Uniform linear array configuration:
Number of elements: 12
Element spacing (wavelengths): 0.25
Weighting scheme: blackman
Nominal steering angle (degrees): -45
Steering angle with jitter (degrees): -46.906
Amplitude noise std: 0.05
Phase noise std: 0.05

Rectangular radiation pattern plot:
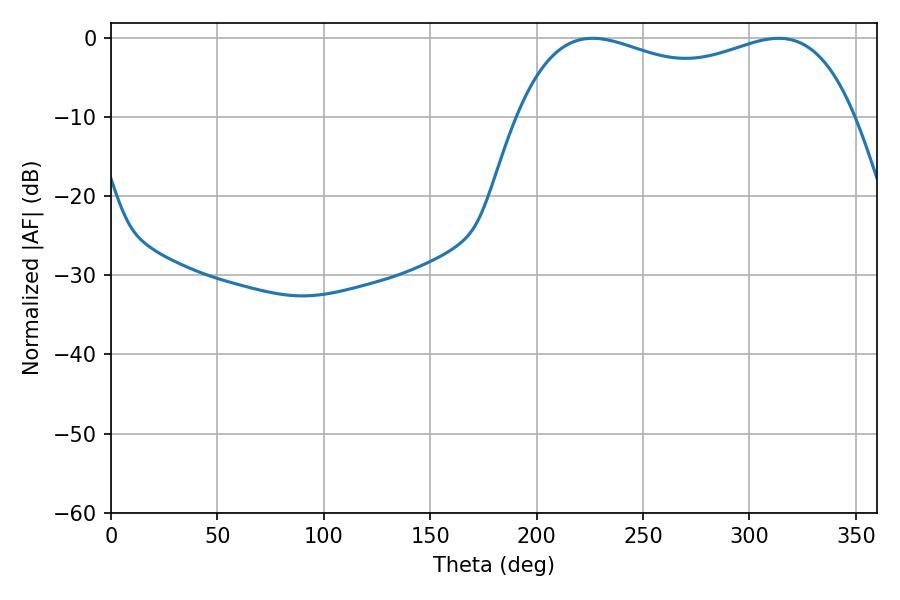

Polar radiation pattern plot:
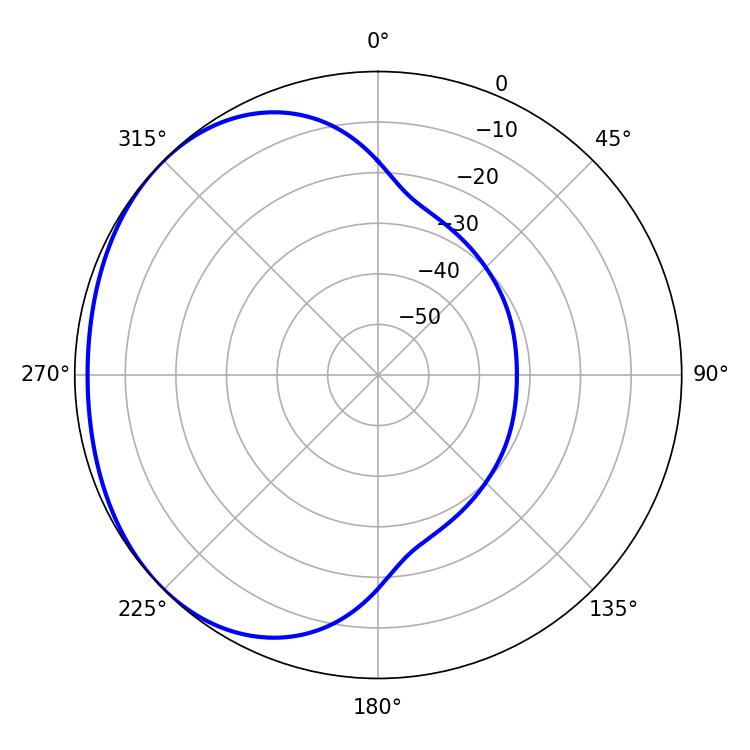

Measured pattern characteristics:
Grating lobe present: FALSE
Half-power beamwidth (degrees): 130.32
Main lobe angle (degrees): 226.26